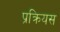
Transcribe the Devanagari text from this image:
प्रक्रियस